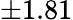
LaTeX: \pm 1.81